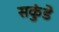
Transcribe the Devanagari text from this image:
सकुंडे